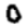
Digit: 0